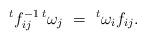
LaTeX: \begin{align*} ^t f_{ij}^{-1} \, ^t\omega_j \ = \ ^t \omega_i f_{ij}. \end{align*}